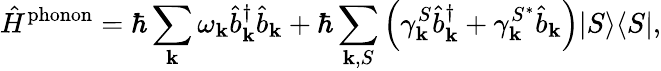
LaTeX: \hat{H}^{\mathrm{phonon}}=\hbar\sum_{\mathbf{k}}\omega_{\mathbf{k}}\hat{b}_{\mathbf{k}}^{\dagger}\hat{b}_{\mathbf{k}}+\hbar\sum_{{\mathbf{k}},S}\left(\gamma_{\mathbf{k}}^{S}\hat{b}_{\mathbf{k}}^{\dagger}+\gamma_{\mathbf{k}}^{S^{*}}\hat{b}_{\mathbf{k}}\right)\vert S\rangle\langle S\vert,